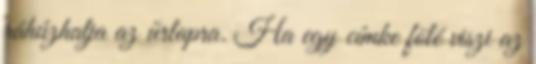
ráhúzhatja az űrlapra. Ha egy címke fölé viszi az